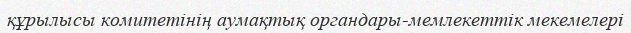
құрылысы комитетінің аумақтық органдары-мемлекеттік мекемелері